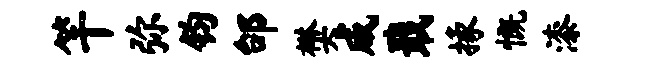
竿弥钧邰樊成戢掾慨漆